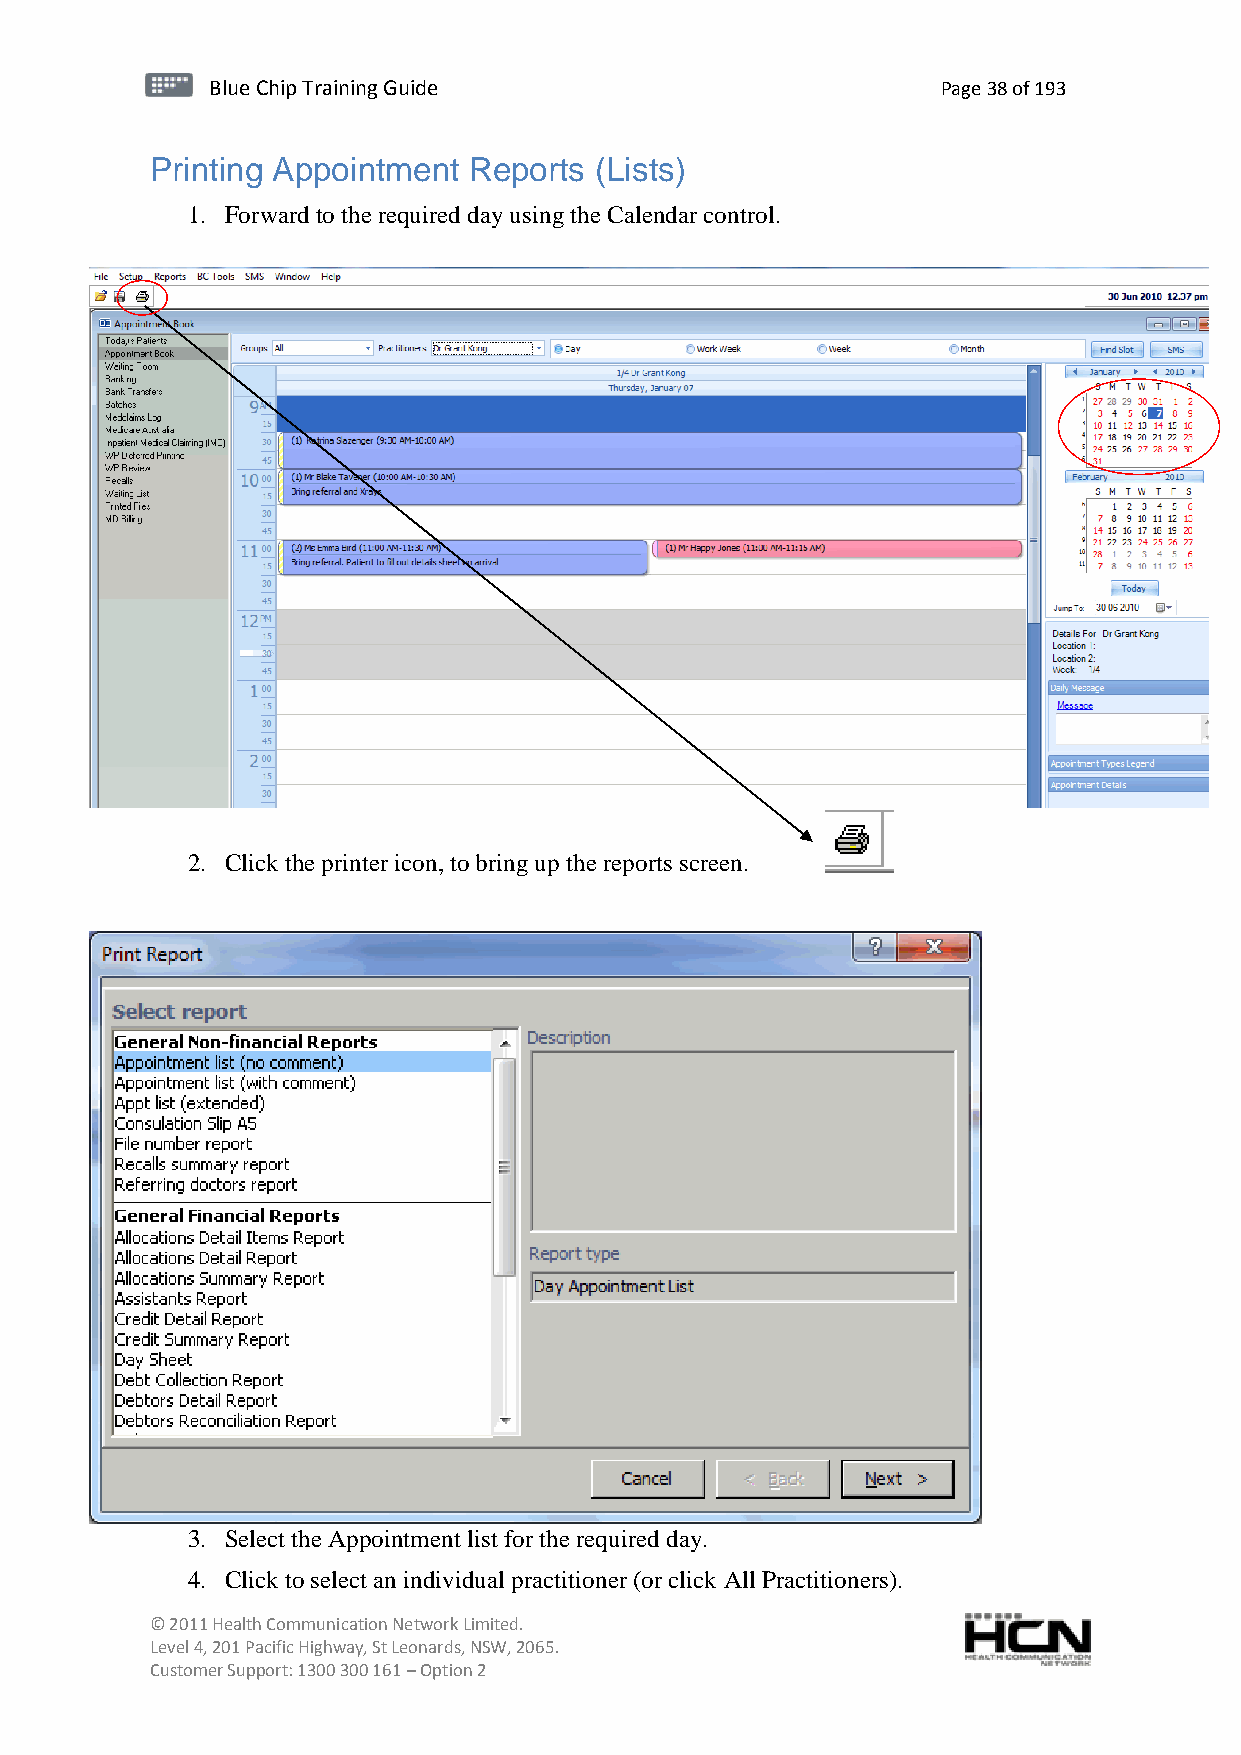
BBlluuee C Chihpi pTr Tairnainingi Gnugi dGeu ide Page 38 of 193
 Printing Appointment Reports (Lists)
 1. Forward to the required day using the Calendar control.
 2. Click the printer icon, to bring up the reports screen.
 3. Select the Appointment list for the required day.
 4. Click to select an individual practitioner (or click All Practitioners).
 © 2011 Health Communication Network Limited.
 Level 4, 201 Pacific Highway, St Leonards, NSW, 2065.
 Customer Support: 1300 300 161 – Option 2